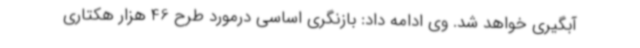
آبگیری خواهد شد. وی ادامه داد: بازنگری اساسی درمورد طرح 46 هزار هکتاری